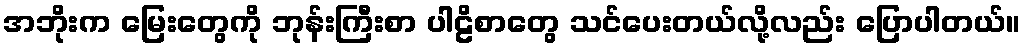
အဘိုးက မြေးတွေကို ဘုန်းကြီးစာ ပါဠိစာတွေ သင်ပေးတယ်လို့လည်း ပြောပါတယ်။